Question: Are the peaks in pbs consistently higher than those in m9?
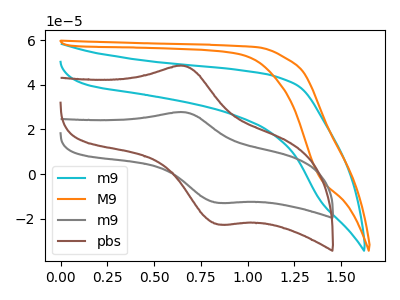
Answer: <think>The cyan curve "m9" has no peaks. The orange curve "M9" has no peaks. The gray curve "m9" has an anodic peak at (0.65V, 27.70uA) and a cathodic peak at (0.85V, -12.90uA). The brown curve "pbs" has an anodic peak at (0.65V, 48.45uA) and a cathodic peak at (0.85V, -22.60uA).</think>
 <answer>Every peak in "pbs" is higher than every peak in "m9".</answer>
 <eval>higher</eval>